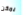
يمكن